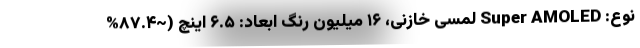
نوع: Super AMOLED لمسی خازنی، ۱۶ میلیون رنگ ابعاد: ۶.۵ اینچ (~۸۷.۴%